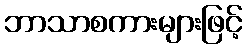
ဘာသာစကားများဖြင့်